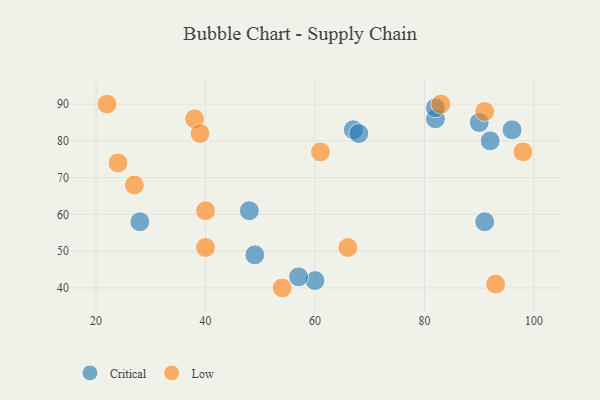
{"axis": {"x": "GDP", "y": "Life Expectancy"}, "legend": ["Critical", "Low"], "data": [{"x": "82", "y": 86, "type": "Critical"}, {"x": "28", "y": 58, "type": "Critical"}, {"x": "92", "y": 80, "type": "Critical"}, {"x": "67", "y": 83, "type": "Critical"}, {"x": "90", "y": 85, "type": "Critical"}, {"x": "91", "y": 58, "type": "Critical"}, {"x": "60", "y": 42, "type": "Critical"}, {"x": "82", "y": 89, "type": "Critical"}, {"x": "96", "y": 83, "type": "Critical"}, {"x": "68", "y": 82, "type": "Critical"}, {"x": "49", "y": 49, "type": "Critical"}, {"x": "48", "y": 61, "type": "Critical"}, {"x": "57", "y": 43, "type": "Critical"}, {"x": "66", "y": 51, "type": "Low"}, {"x": "40", "y": 51, "type": "Low"}, {"x": "83", "y": 90, "type": "Low"}, {"x": "61", "y": 77, "type": "Low"}, {"x": "27", "y": 68, "type": "Low"}, {"x": "24", "y": 74, "type": "Low"}, {"x": "38", "y": 86, "type": "Low"}, {"x": "40", "y": 61, "type": "Low"}, {"x": "22", "y": 90, "type": "Low"}, {"x": "93", "y": 41, "type": "Low"}, {"x": "91", "y": 88, "type": "Low"}, {"x": "98", "y": 77, "type": "Low"}, {"x": "39", "y": 82, "type": "Low"}, {"x": "54", "y": 40, "type": "Low"}]}